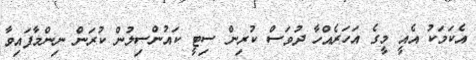
އެކަމަކު އެއީ މީގެ އަހަރެއްހާ ދުވަސް ކުރިން ސިޓީ ކައުންސިލުން ކުރަން ނިންމާފައިވާ